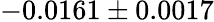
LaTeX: -0.0161\pm 0.0017